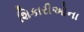
શિકારીઓના